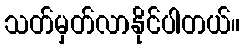
သတ်မှတ်လာနိုင်ပါတယ်။